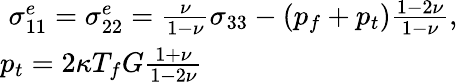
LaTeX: \begin{array}{r}{\sigma_{11}^{e}=\sigma_{22}^{e}=\frac{\nu}{1-\nu}\sigma_{33}-(p_{f}+p_{t})\frac{1-2\nu}{1-\nu},}\\ {p_{t}=2\kappa T_{f}G\frac{1+\nu}{1-2\nu}\qquad\qquad\qquad\qquad\quad}\end{array}